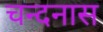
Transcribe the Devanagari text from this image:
चन्दनास